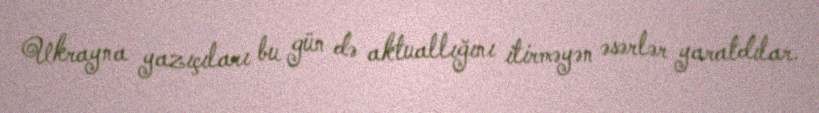
Ukrayna yazıçıları bu gün də aktuallığını itirməyən əsərlər yaratdılar.